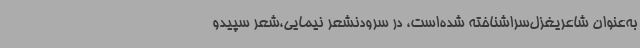
به‌عنوان شاعریغزل‌سراشناخته شده‌است، در سرودنشعر نیمایی،شعر سپیدو